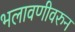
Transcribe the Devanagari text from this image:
भलावणीवरुन